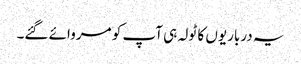
یہ درباریوں کا ٹولہ ہی آپ کو مروائے گئے۔